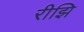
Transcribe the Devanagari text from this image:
रीझि